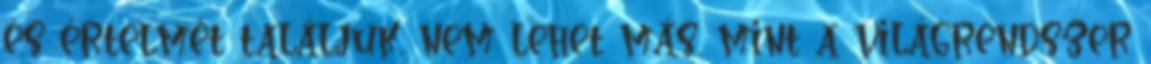
és értelmét találjuk, nem lehet más, mint a világrendszer